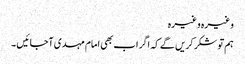
وغیرہ وغیرہ
ہم تو شکر کریں گے کہ اگر اب بھی امام مہدی آجائیں ۔